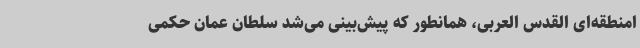
امنطقه‌ای القدس العربی، همانطور که پیش‌بینی می‌شد سلطان عمان حکمی